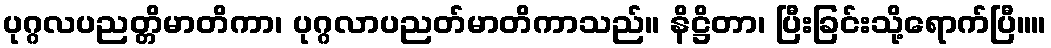
ပုဂ္ဂလပညတ္တိမာတိကာ၊ ပုဂ္ဂလာပညတ်မာတိကာသည်။ နိဋ္ဌိတာ၊ ပြီးခြင်းသို့ရောက်ပြီ။။